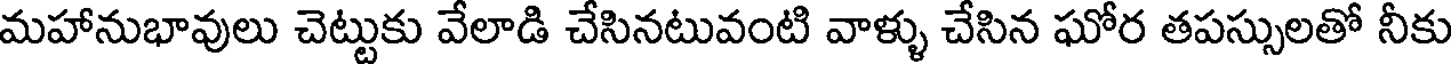
మహానుభావులు చెట్టుకు వేలాడి చేసినటువంటి వాళ్ళు చేసిన ఘోర తపస్సులతో నీకు